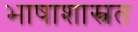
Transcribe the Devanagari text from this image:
भाषाशास्त्रत